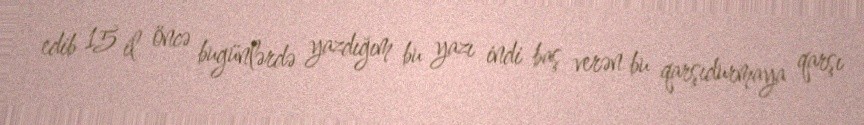
edib 15 il öncə bugünlərdə yazdığım bu yazı indi baş verən bu qarşıdurmaya qarşı